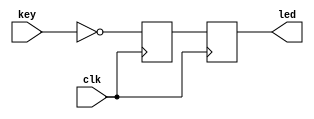
`timescale 1ns / 1ps
//////////////////////////////////////////////////////////////////////////////////
// Company: 
// 
// Design Name: KEY_LED_TEST
// Module Name:    KEY_20190607 
// Project Name: KEY_LED_TEST
// Target Devices: 
// Tool versions: 
// Description: 
//
// Dependencies: 
//
// Revision: 
// Revision 0.01 - File Created
// Additional Comments: 
//
//////////////////////////////////////////////////////////////////////////////////
module KEY_20190607(
	input clk,
	input[3:0] key,
	output[3:0] led
    );
	
reg[3:0] led_r;
reg[3:0] led_r1;

always@(posedge clk)
begin
	led_r <= ~key;
end

always@(posedge clk)
begin
	led_r1 <= led_r;
end

assign led = led_r1;

endmodule